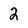
Character: 2